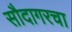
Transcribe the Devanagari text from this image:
सौदागरचा